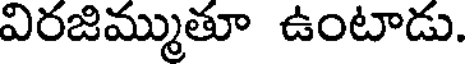
విరజిమ్ముతూ ఉంటాడు.